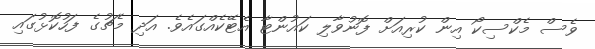
ވެސް މެކްސިކޯ އިން ކުރިއަށް ފޮނުވާލި ކައުންޓާ އެޓޭކެއްގައެވެ. އަދި މެޗުގެ ފަހުކޮޅުގައި